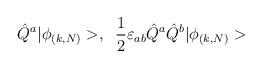
\begin{align*}\hat{Q}^a|\phi_{(k,N)}>,\;\;\frac{1}{2}\varepsilon_{ab} \hat{Q}^a\hat{Q}^b|\phi_{(k,N)}>\end{align*}